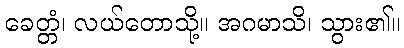
ခေတ္တံ၊ လယ်တောသို့။ အဂမာသိ၊ သွား၏။